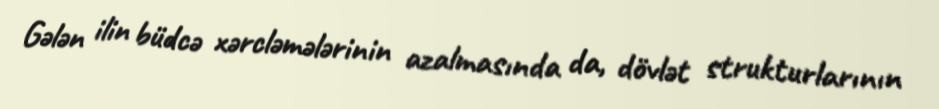
Gələn ilin büdcə xərcləmələrinin azalmasında da, dövlət strukturlarının